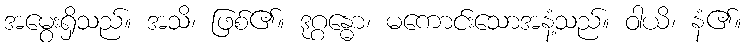
အမွေးရှိသည်။ အသိ၊ ဖြစ်၏။ ဒုဂ္ဂန္ဓော၊ မကောင်းသောအနံ့သည်။ ဝါယိ၊ နံ၏။